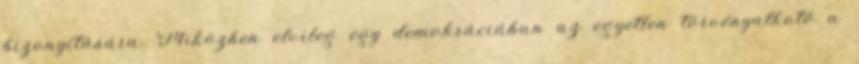
bizonyítására. Miközben elvileg egy demokráciában az egyetlen törvényalkotó a